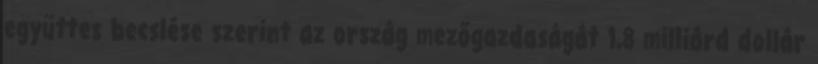
együttes becslése szerint az ország mezőgazdaságát 1,8 milliárd dollár